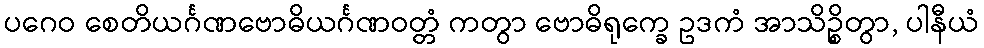
ပဂေဝ စေတိယင်္ဂဏဗောဓိယင်္ဂဏဝတ္တံ ကတွာ ဗောဓိရုက္ခေ ဥဒကံ အာသိဉ္စိတွာ, ပါနီယံ